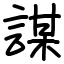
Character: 謀